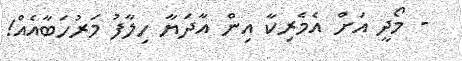
- މޯދީ އަށް އެމެރިކާ އިން އާދަޔާ ހިލާފު މަރުހަބާއެއް!